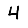
Digit: 4